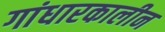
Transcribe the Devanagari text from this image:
गांधारकालीन